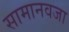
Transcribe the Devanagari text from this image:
सामानवजा